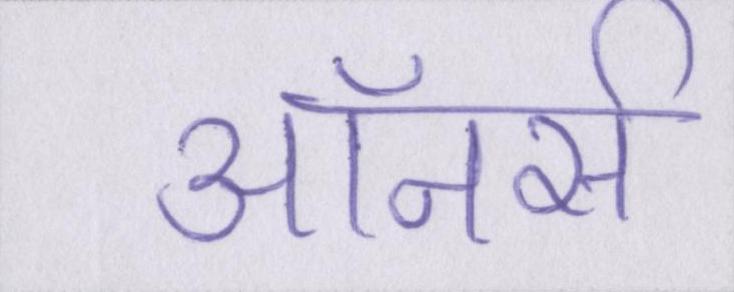
ऑनर्स